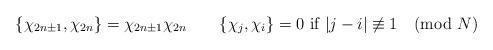
LaTeX: \begin{align*}\{\chi_{2n\pm1},\chi_{2n}\}=\chi_{2n\pm1}\chi_{2n}\qquad\{\chi_j,\chi_i\}=0 \mbox{ if }|j-i|\not\equiv1\pmod{N}\end{align*}